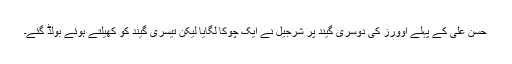
حسن علی کے پہلے اوورز کی دوسری گیند پر شرجیل نے ایک چوکا لگایا لیکن تیسری گیند کو کھیلتے ہوئے بولڈ گئے۔